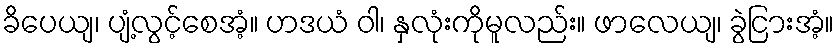
ခိပေယျ၊ ပျံ့လွင့်စေအံ့။ ဟဒယံ ဝါ၊ နှလုံးကိုမူလည်း။ ဖာလေယျ၊ ခွဲငြားအံ့။